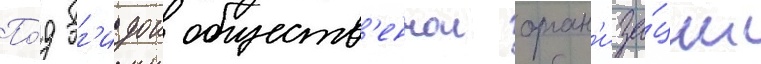
По́д эг'идои обществ'еннои орган'иза́ции